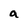
Character: a